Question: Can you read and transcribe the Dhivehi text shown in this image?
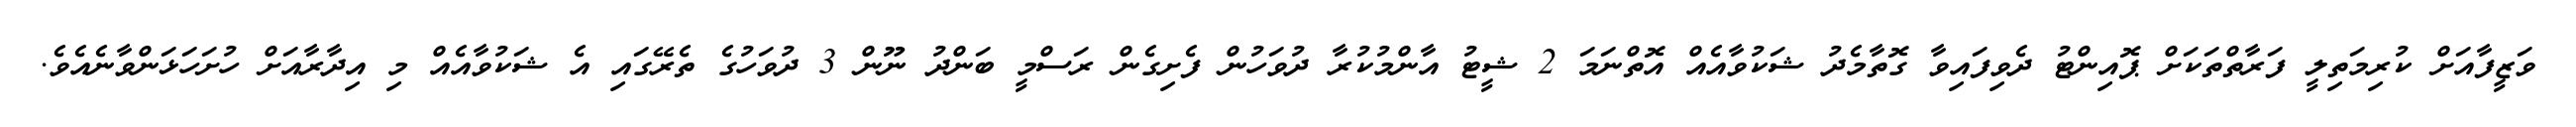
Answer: ވަޒީފާއަށް ކުރިމަތިލީ ފަރާތްތަކަށް ޕޮއިންޓު ދެވިފައިވާ ގޮތާމެދު ޝަކުވާއެއް އޮތްނަމަ 2 ޝީޓު އާންމުކުރާ ދުވަހުން ފެށިގެން ރަސްމީ ބަންދު ނޫން 3 ދުވަހުގެ ތެރޭގައި އެ ޝަކުވާއެއް މި އިދާރާއަށް ހުށަހަޅަންވާނެއެވެ.